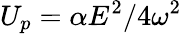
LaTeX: U_{p}=\alpha E^{2}/4\omega^{2}